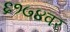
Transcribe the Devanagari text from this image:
६१७४वर